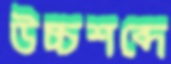
উচ্চশব্দে